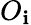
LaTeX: O_{\mathbf{i}}